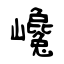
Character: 巉